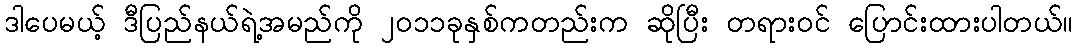
ဒါပေမယ့် ဒီပြည်နယ်ရဲ့အမည်ကို ၂၀၁၁ခုနှစ်ကတည်းက ဆိုပြီး တရားဝင် ပြောင်းထားပါတယ်။